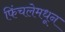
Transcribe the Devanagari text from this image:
फिंचलेमधून